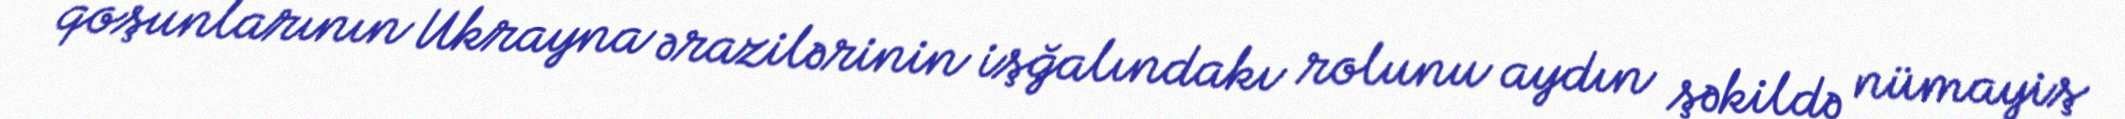
qoşunlarının Ukrayna ərazilərinin işğalındakı rolunu aydın şəkildə nümayiş